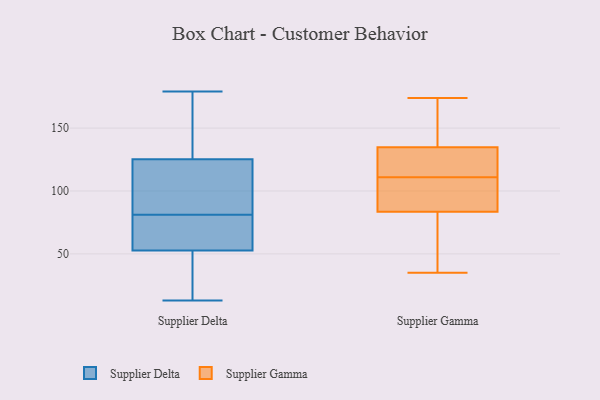
{"axis": {"x": "Headcount", "y": "Value"}, "legend": ["Supplier Delta", "Supplier Gamma"], "data": [{"x": "", "y": 73, "type": "Supplier Delta"}, {"x": "", "y": 160, "type": "Supplier Delta"}, {"x": "", "y": 179, "type": "Supplier Delta"}, {"x": "", "y": 81, "type": "Supplier Delta"}, {"x": "", "y": 50, "type": "Supplier Delta"}, {"x": "", "y": 127, "type": "Supplier Delta"}, {"x": "", "y": 119, "type": "Supplier Delta"}, {"x": "", "y": 13, "type": "Supplier Delta"}, {"x": "", "y": 61, "type": "Supplier Delta"}, {"x": "", "y": 120, "type": "Supplier Delta"}, {"x": "", "y": 48, "type": "Supplier Delta"}, {"x": "", "y": 144, "type": "Supplier Gamma"}, {"x": "", "y": 45, "type": "Supplier Gamma"}, {"x": "", "y": 112, "type": "Supplier Gamma"}, {"x": "", "y": 118, "type": "Supplier Gamma"}, {"x": "", "y": 140, "type": "Supplier Gamma"}, {"x": "", "y": 119, "type": "Supplier Gamma"}, {"x": "", "y": 35, "type": "Supplier Gamma"}, {"x": "", "y": 111, "type": "Supplier Gamma"}, {"x": "", "y": 133, "type": "Supplier Gamma"}, {"x": "", "y": 106, "type": "Supplier Gamma"}, {"x": "", "y": 67, "type": "Supplier Gamma"}, {"x": "", "y": 89, "type": "Supplier Gamma"}, {"x": "", "y": 174, "type": "Supplier Gamma"}, {"x": "", "y": 158, "type": "Supplier Gamma"}, {"x": "", "y": 107, "type": "Supplier Gamma"}, {"x": "", "y": 102, "type": "Supplier Gamma"}, {"x": "", "y": 43, "type": "Supplier Gamma"}]}